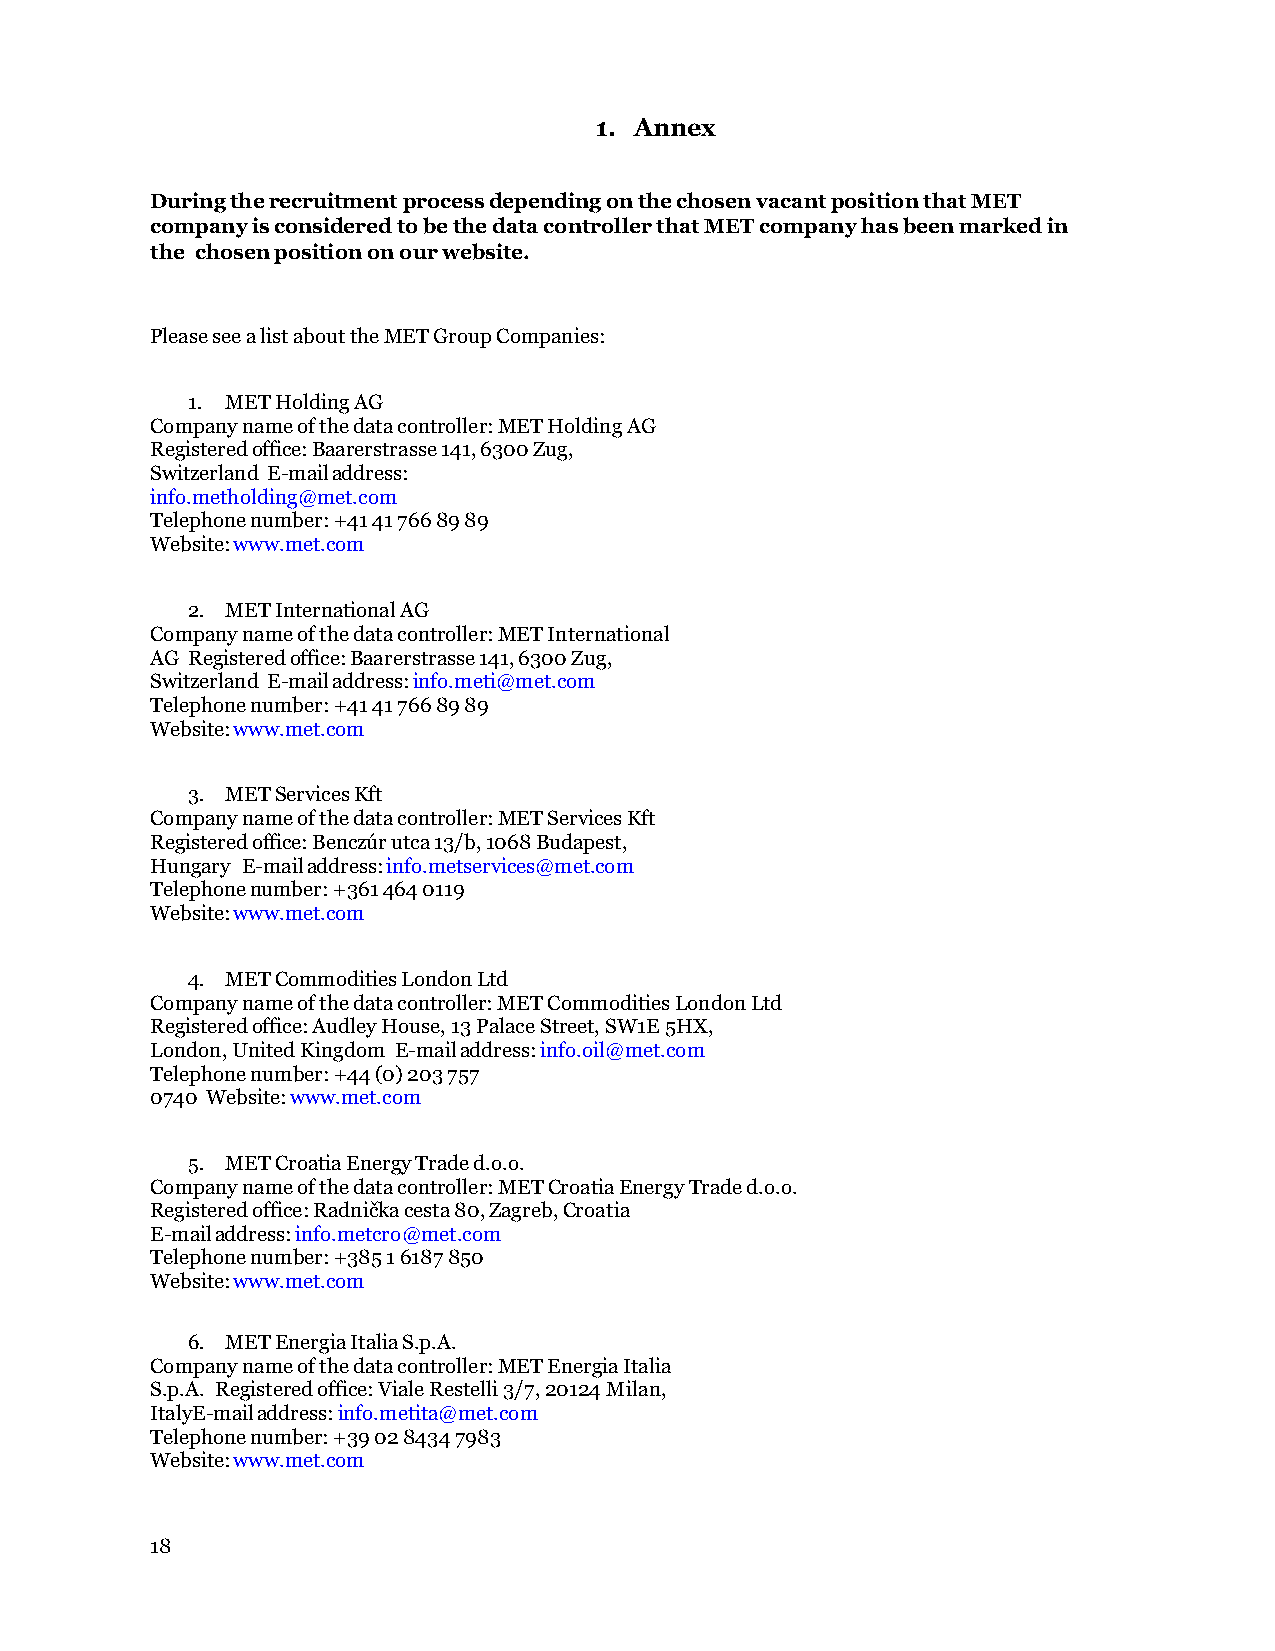
1. Annex
 During the recruitment process depending on the chosen vacant position that MET
 company is considered to be the data controller that MET company has been marked in
 the chosen position on our website.
 Please see a list about the MET Group Companies:
 1. MET Holding AG
 Company name of the data controller: MET Holding AG
 Registered office: Baarerstrasse 141, 6300 Zug,
 Switzerland E-mail address:
 info.metholding@met.com
 Telephone number: +41 41 766 89 89
 Website: www.met.com
 2. MET International AG
 Company name of the data controller: MET International
 AG Registered office: Baarerstrasse 141, 6300 Zug,
 Switzerland E-mail address: info.meti@met.com
 Telephone number: +41 41 766 89 89
 Website: www.met.com
 3. MET Services Kft
 Company name of the data controller: MET Services Kft
 Registered office: Benczúr utca 13/b, 1068 Budapest,
 Hungary E-mail address: info.metservices@met.com
 Telephone number: +361 464 0119
 Website: www.met.com
 4. MET Commodities London Ltd
 Company name of the data controller: MET Commodities London Ltd
 Registered office: Audley House, 13 Palace Street, SW1E 5HX,
 London, United Kingdom E-mail address: info.oil@met.com
 Telephone number: +44 (0) 203 757
 0740 Website: www.met.com
 5. MET Croatia Energy Trade d.o.o.
 Company name of the data controller: MET Croatia Energy Trade d.o.o.
 Registered office: Radnička cesta 80, Zagreb, Croatia
 E-mail address: info.metcro@met.com
 Telephone number: +385 1 6187 850
 Website: www.met.com
 6. MET Energia Italia S.p.A.
 Company name of the data controller: MET Energia Italia
 S.p.A. Registered office: Viale Restelli 3/7, 20124 Milan,
 ItalyE-mail address: info.metita@met.com
 Telephone number: +39 02 8434 7983
 Website: www.met.com
 18